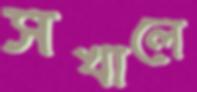
সখালে